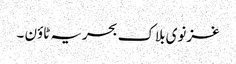
غزنوی بلاک بحریہ ٹاؤن ۔